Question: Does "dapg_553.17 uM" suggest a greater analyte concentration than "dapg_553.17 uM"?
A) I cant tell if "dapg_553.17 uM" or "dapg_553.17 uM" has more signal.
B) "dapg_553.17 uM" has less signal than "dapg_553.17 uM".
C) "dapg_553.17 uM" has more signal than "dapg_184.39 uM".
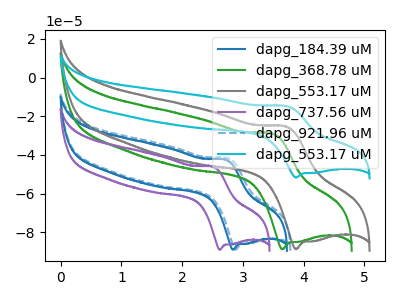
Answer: <think>The blue curve "dapg_184.39 uM" has an anodic peak at (2.70V, -42.60uA) and a cathodic peak at (2.85V, -89.00uA). The green curve "dapg_368.78 uM" has an anodic peak at (3.50V, -29.15uA) and a cathodic peak at (3.65V, -88.85uA). The gray curve "dapg_553.17 uM" has an anodic peak at (3.70V, -25.45uA) and a cathodic peak at (3.90V, -88.80uA). The purple curve "dapg_737.56 uM" has an anodic peak at (2.50V, -46.25uA) and a cathodic peak at (2.60V, -89.05uA). The blue dashed curve "dapg_921.96 uM" has an anodic peak at (2.75V, -41.90uA) and a cathodic peak at (2.90V, -89.00uA). The cyan curve "dapg_553.17 uM" has an anodic peak at (3.70V, -14.85uA) and a cathodic peak at (3.90V, -51.70uA).
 All the peaks in "dapg_553.17 uM" have a peak in "dapg_553.17 uM" at the same potential.</think>
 <answer>A) I cant tell if "dapg_553.17 uM" or "dapg_553.17 uM" has more signal.</answer>
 <eval>A</eval>